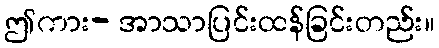
ဤကား- အာသာပြင်းထန်ခြင်းတည်း။